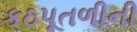
કઠપૂતળીની